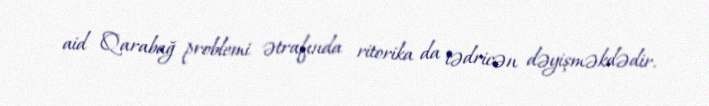
aid Qarabağ problemi ətrafında ritorika da tədricən dəyişməkdədir.